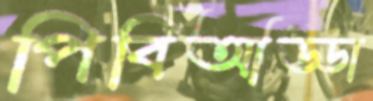
পিবিআড্ডা